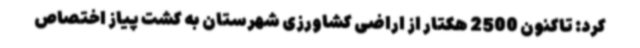
کرد: تاکنون 2500 هکتار از اراضی کشاورزی شهرستان به کشت پیاز اختصاص